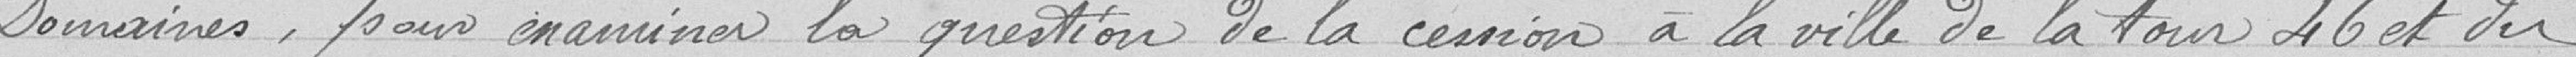
Domaines, pour examiner la question de la cession à la ville de la tour 46 et du